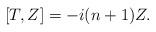
LaTeX: \begin{align*}[T, Z]=-i(n+1)Z.\end{align*}